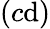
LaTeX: (c\mathrm{d})